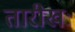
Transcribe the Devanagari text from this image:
तारीखः